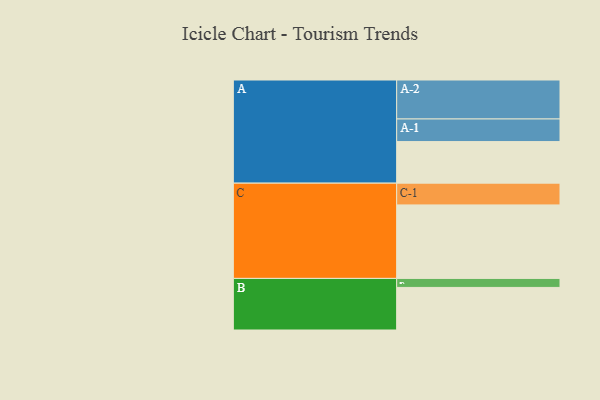
{"axis": {"x": "Segment", "y": "Value"}, "legend": ["", "A", "B", "C"], "data": [{"x": "A", "y": 300, "type": ""}, {"x": "B", "y": 307, "type": ""}, {"x": "C", "y": 530, "type": ""}, {"x": "A-1", "y": 163, "type": "A"}, {"x": "A-2", "y": 281, "type": "A"}, {"x": "B-1", "y": 65, "type": "B"}, {"x": "C-1", "y": 157, "type": "C"}]}